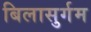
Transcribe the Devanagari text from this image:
बिलासुर्गम